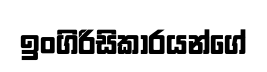
ඉංගිරිසිකාරයන්ගේ